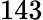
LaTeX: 143